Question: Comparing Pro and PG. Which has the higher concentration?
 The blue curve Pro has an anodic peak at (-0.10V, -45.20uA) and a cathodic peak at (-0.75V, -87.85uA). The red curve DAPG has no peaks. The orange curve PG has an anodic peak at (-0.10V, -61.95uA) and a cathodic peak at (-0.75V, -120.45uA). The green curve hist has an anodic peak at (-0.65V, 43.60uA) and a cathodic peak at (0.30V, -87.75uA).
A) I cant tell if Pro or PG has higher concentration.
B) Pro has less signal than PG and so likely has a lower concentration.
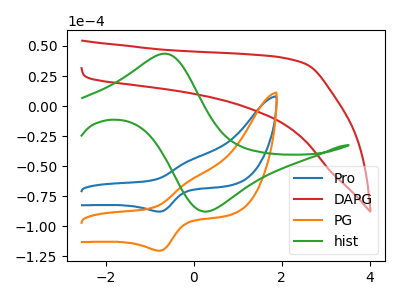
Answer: <think>All the peaks in "Pro" have a peak in "PG" at the same potential.
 </think>
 <answer>A) I cant tell if "Pro" or "PG" has higher concentration.</answer>
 <eval>A</eval>